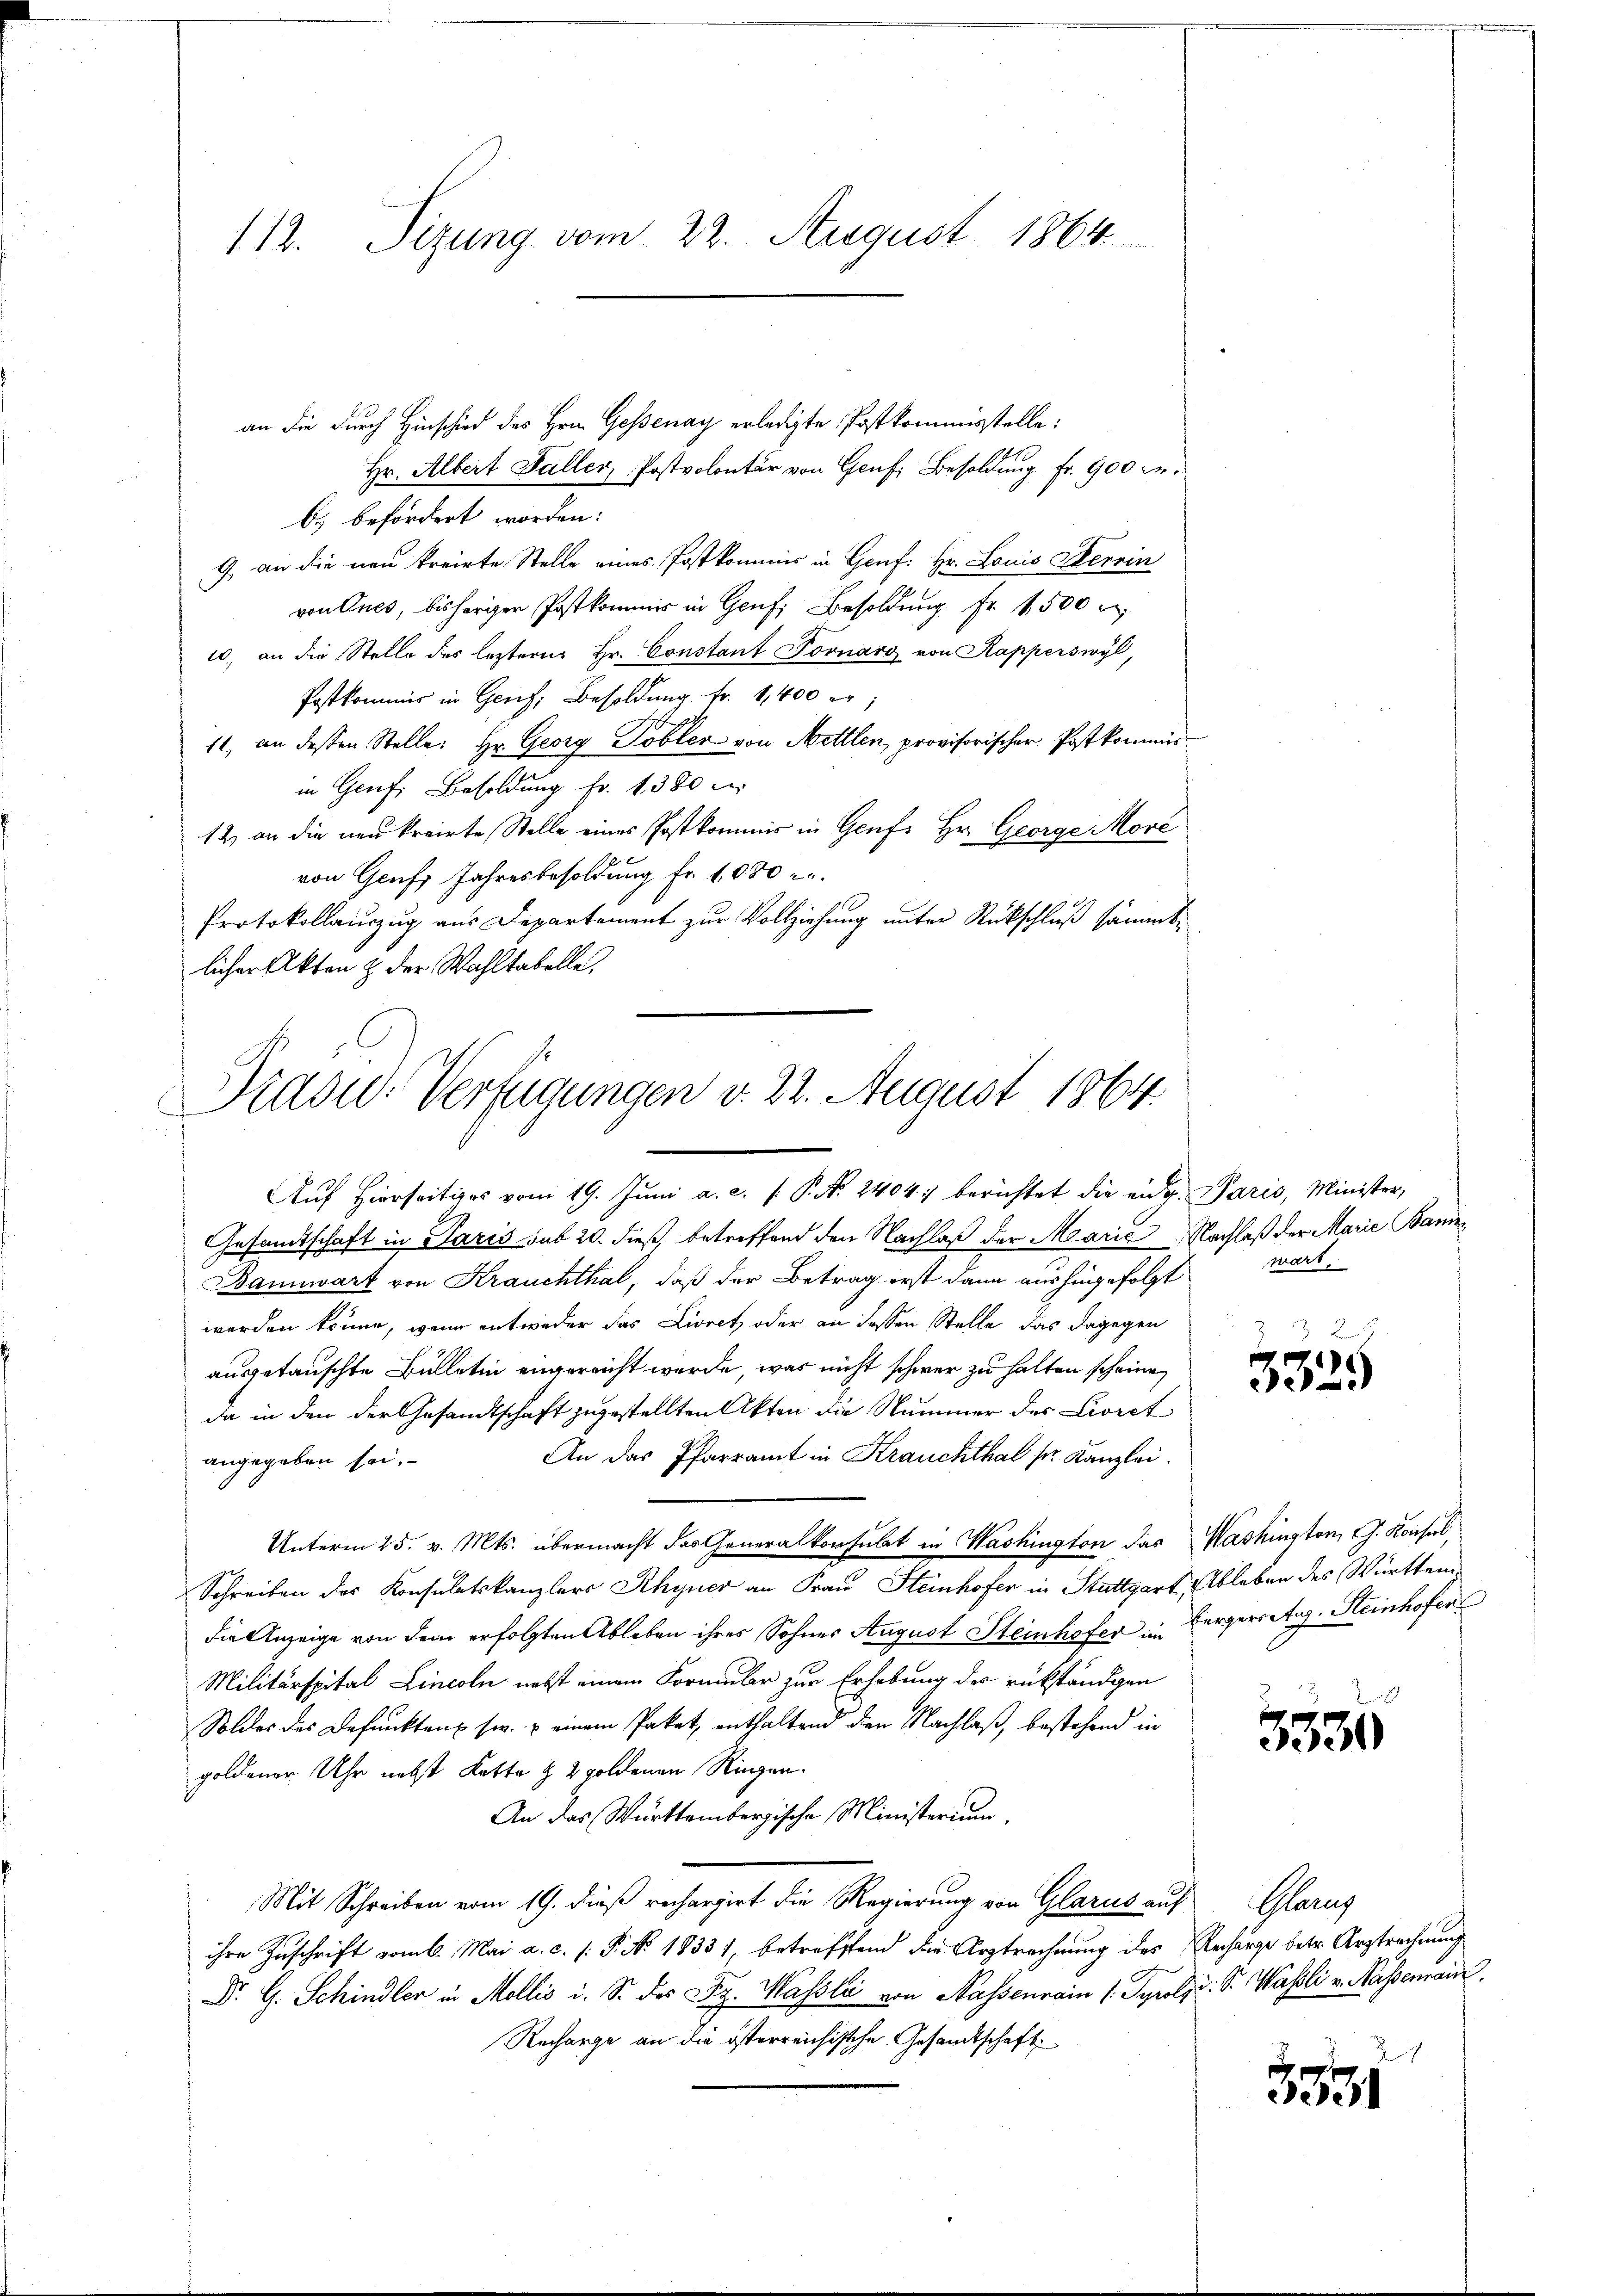
112. Sizung vom 22. August 1864.

an die durch Hinschied des Hrn. Gessenay erledigte Postkommisstelle:
Hr. Albert Faller, Postvolontär von Genf, Besoldung fr. 900 Fr.
b.) befördert worden:
9, an die neu kreirte Stelle eines Postkommis in Genf. Hr. Louis Herrin
von Ques, bisheriger Postkommer in Genf, Besoldung Fr. 1500 r
u., an die Stelle des leztern. Hr. Constant Pornaro von Kapperswyl,
Postkommis in Gesch, Besoldung fr. 1,400 er
11, an dessen Stelle: Hr. Georg Tobler von Mettlen, provisorischer Postkommen
in Genf. Besoldung fr. 1380 d
12 an die neu kreiste Stelle eines Postkommis in Genf. Hr. George More
von Genf Jahresbesoldung Fr. 1080
Protokollauszug aus Departement zur Vollziehung unter Rückschluß sämmtlicher Akten & der Wahltabelle.

Präsid. Verfügungen v. 22. August 1864.

Aŭf hierseitiges vom 19. Jŭni a. c. P. N. 2404. berichtet die eidg. Paris, Minister,
Gesandtschaft in Paris sub 20. dieß, betreffend den Nachlaß der Marie Nachlaß der Marie Bann¬
Bannwart von Krauchthal, daß der Betrag erst dann aushingefolgt
werden könne, wenn entweder das Livret oder an dessen Stelle, das dagegen
ausgetauschte Bülletin angereicht werde, was nicht schwer zu halten scheine
da in den der Gesandtschaft zugestellten Akten die Nummer des Livret¬
An das Pfarramt in Krauchthal sr. Kanzlei.
angegeben sei.
Unterm 25. v. Mts. übermacht das Generalkonsulat in Washington das Washington, G. Konsul
Schreiben des Konsulatskanzlers Rhyner an Frau Steinhofer in Stuttgart, Ableben des Württem
die Anzeige von dem erfolgten Ableben ihres Sohner August Steinhofer in Bergerretis-Steinhofen
Militärspital Lincoln nebst einem Formular zur Erhebung des rükständigen
Soldes des Befunkten sie, u einem Paket, enthaltend den Nachlaß, bestehend in
goldener Uhr nebst Kette & 2 goldenen Ringen.
An das Württembergische Ministerium.
Mit Schreiben vom 19. dieß rechargirt die Regierung von Glarus auf
ihre Zuschrift vom 6. Mai a. c. s. P. No. 18331, betreffend der Arztrechnung des Recharge betr. Arztrechnung
Dr. G. Schindler in Mollis i. S. des Fr. Massli von Massenrain 1. Tyrolz. S. Wassli v. Kassenrain.
Recharge an die österreichische Gesandtschaft

wart.

2
n
3329

3530

Glarus

3531